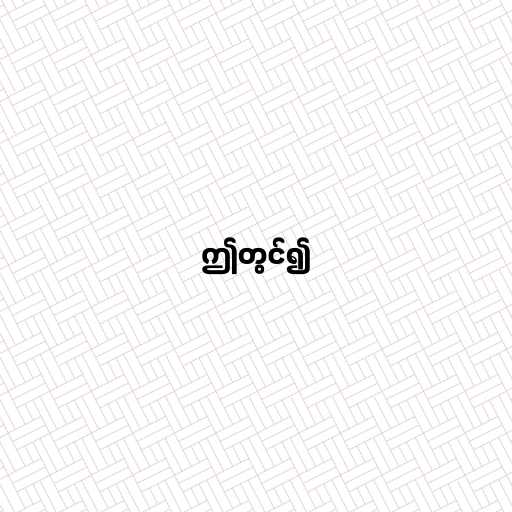
ဤတွင်၍